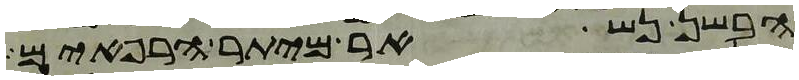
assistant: הבשן נשאר מיתר הרפאים